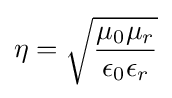
\eta ={\sqrt {\frac {\mu _{0}\mu _{r}}{\epsilon _{0}\epsilon _{r}}}}